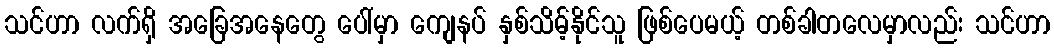
သင်ဟာ လက်ရှိ အခြေအနေတွေ ပေါ်မှာ ကျေနပ် နှစ်သိမ့်နိုင်သူ ဖြစ်ပေမယ့် တစ်ခါတလေမှာလည်း သင်ဟာ